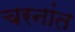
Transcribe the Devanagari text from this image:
चरनांत